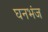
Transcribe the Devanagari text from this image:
घनभंज